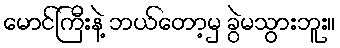
မောင်ကြီးနဲ့ ဘယ်တော့မှ ခွဲမသွားဘူး။